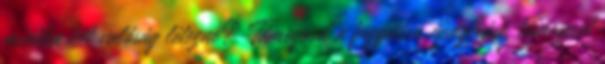
mintha két valóság létezne? Támogasd a független újságírást, támogasd